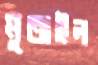
মুতাইল